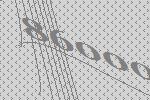
86000